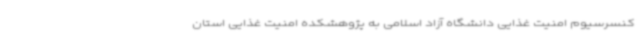
کنسرسیوم امنیت غذایی دانشگاه آزاد اسلامی به پژوهشکده امنیت غذایی استان